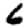
Digit: 6